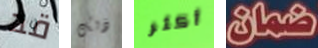
قد ذلك أكثر ضمان